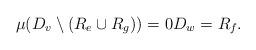
LaTeX: \begin{align*}\mu(D_v\setminus (R_{e}\cup R_{g}))=0D_w=R_{f}.\end{align*}